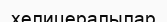
хелицералылар